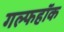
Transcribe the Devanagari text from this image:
गल्फहॉक